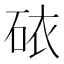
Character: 𥑴